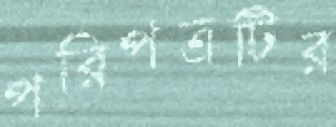
পরিপত্রটির